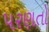
પરણતો